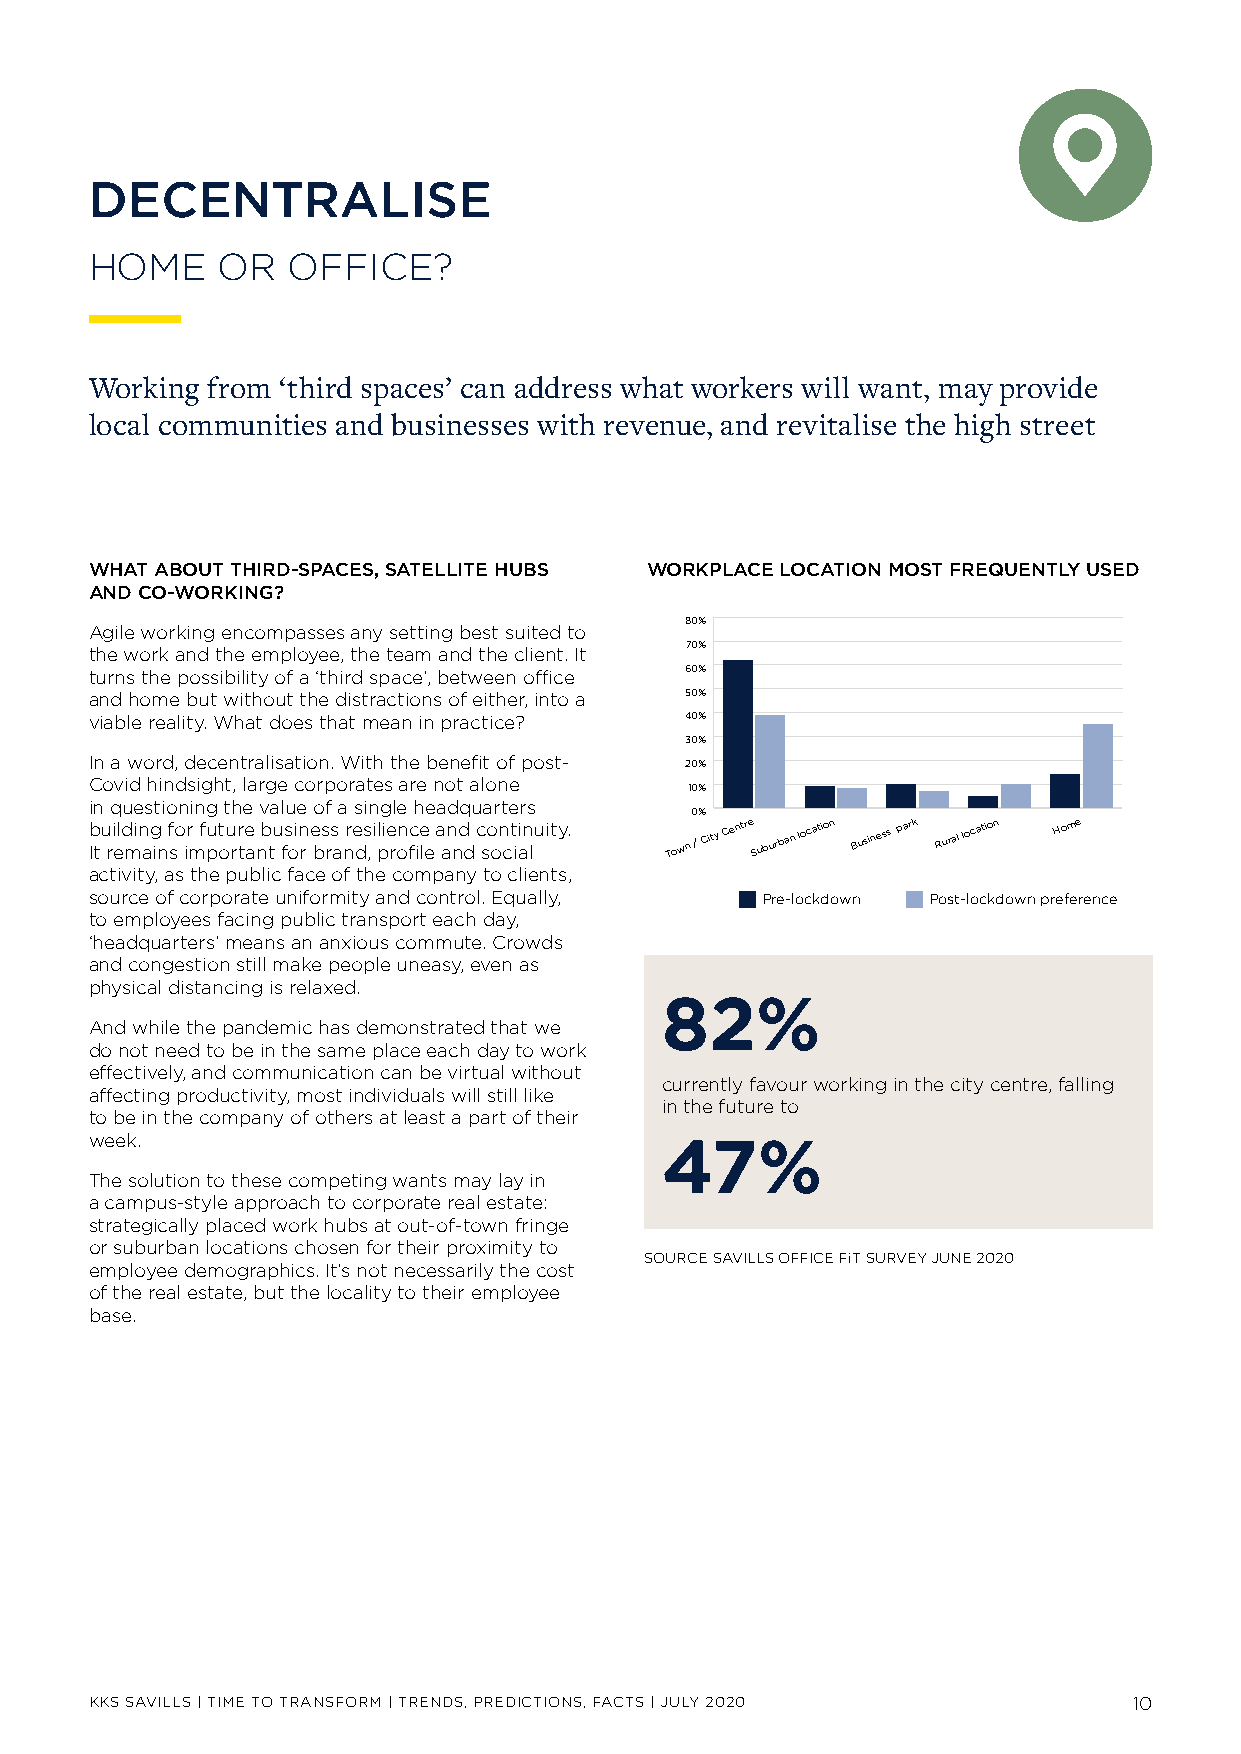
DECENTRALISE
 HOME    OR   OFFICE?
 Working from ‘third spaces’ can address what workers will want, may provide
 local communities and businesses with revenue, and revitalise the high street
 WHAT ABOUT THIRD-SPACES, SATELLITE HUBS WORKPLACE LOCATION MOST FREQUENTLY USED
 AND CO-WORKING?
 80%
 Agile working encompasses any setting best suited to
 70%
 the work and the employee, the team and the client. It
 turns the possibility of a ‘third space’, between office 60%
 and home but without the distractions of either, into a 50%
 viable reality. What does that mean in practice? 40%
 30%
 In a word, decentralisation. With the benefit of post- 20%
 Covid hindsight, large corporates are not alone
 10%
 in questioning the value of a single headquarters
 0%
 b Itu ri eld min ag in f so ir m fu pt ou rr te a nb tu fs oin r e bs rs a nre ds , il pie ron fice le a an nd d c so on ct ii an l uity. Town / City Centre Suburban location Business park Rural location Home
 activity, as the public face of the company to clients,
 source of corporate uniformity and control. Equally, Pre-lockdown Post-lockdown preference
 to employees facing public transport each day,
 ‘headquarters’ means an anxious commute. Crowds
 and congestion still make people uneasy, even as
 physical distancing is relaxed.
 82%
 And while the pandemic has demonstrated that we
 do not need to be in the same place each day to work
 effectively, and communication can be virtual without
 currently favour working in the city centre, falling
 affecting productivity, most individuals will still like
 in the future to
 to be in the company of others at least a part of their
 week.
 47%
 The solution to these competing wants may lay in
 a campus-style approach to corporate real estate:
 strategically placed work hubs at out-of-town fringe
 or suburban locations chosen for their proximity to
 SOURCE SAVILLS OFFICE FiT SURVEY JUNE 2020
 employee demographics. It’s not necessarily the cost
 of the real estate, but the locality to their employee
 base.
 KKS SAVILLS | TIME TO TRANSFORM | TRENDS, PREDICTIONS, FACTS | JULY 2020 10